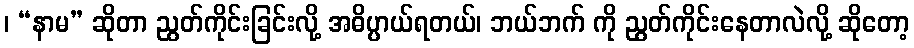
၊ “နာမ” ဆိုတာ ညွတ်ကိုင်းခြင်းလို့ အဓိပ္ပာယ်ရတယ်၊ ဘယ်ဘက် ကို ညွတ်ကိုင်းနေတာလဲလို့ ဆိုတော့